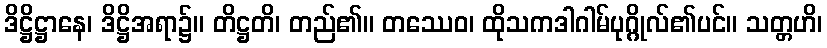
ဒိဋ္ဌိဋ္ဌာနေ၊ ဒိဋ္ဌိအရာ၌။ တိဋ္ဌတိ၊ တည်၏။ တဿေဝ၊ ထိုသကဒါဂါမ်ပုဂ္ဂိုလ်၏ပင်။ သတ္တဟိ၊